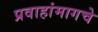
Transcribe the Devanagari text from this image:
प्रवाहांमागचे